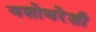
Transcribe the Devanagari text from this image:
यशोधरेशी